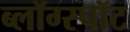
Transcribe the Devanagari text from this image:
ब्लॉग्स्पॉट